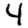
Digit: 4